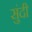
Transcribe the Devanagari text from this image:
सुंदी